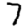
Digit: 7